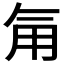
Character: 𮗟